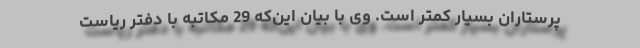
پرستاران بسیار کمتر است. وی با بیان این‌که 29 مکاتبه با دفتر ریاست